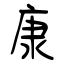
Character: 康